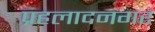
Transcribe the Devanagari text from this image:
प्रहलादनगर